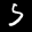
Label: 5